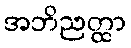
အဘိညတ္ထာ